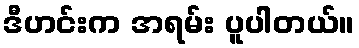
ဒီဟင်းက အရမ်း ပူပါတယ်။